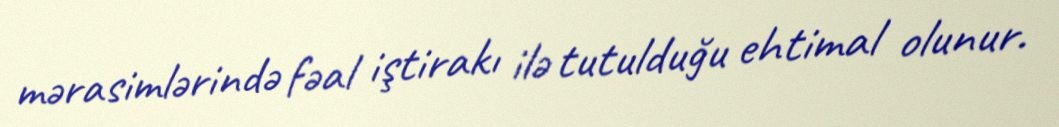
mərasimlərində fəal iştirakı ilə tutulduğu ehtimal olunur.